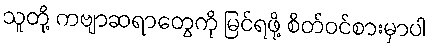
သူတို့ ကဗျာဆရာတွေကို မြင်ရဖို့ စိတ်ဝင်စားမှာပါ